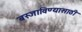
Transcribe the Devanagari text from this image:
बस्जाविण्यासाठी